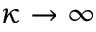
\kappa \rightarrow \infty